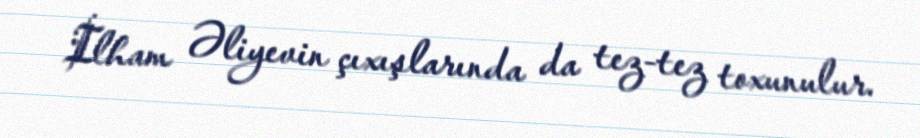
İlham Əliyevin çıxışlarında da tez-tez toxunulur.